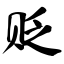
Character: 贬